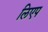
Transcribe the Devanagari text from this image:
लिएप